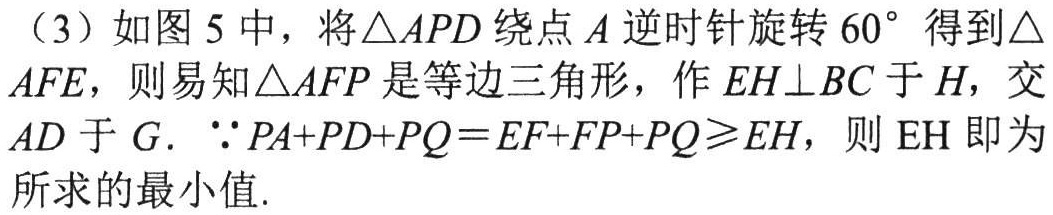
（3）如图 5 中，将\(\triangle APD\)绕点\(A\)逆时针旋转\(60^{\circ}\)得到\(\triangle AFE\)，则易知\(\triangle AFP\)是等边三角形，作\(EH\perp BC\)于\(H\)，交\(AD\)于\(G\). \(\because PA + PD + PQ = EF + FP + PQ\geqslant EH\)，则\(EH\)即为所求的最小值.